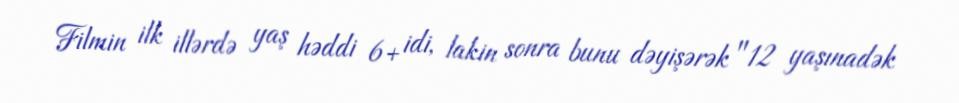
Filmin ilk illərdə yaş həddi 6+ idi, lakin sonra bunu dəyişərək "12 yaşınadək